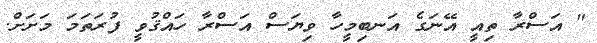
" އަސްރާ ތިއީ އޭނަގެ އަނބިމީހާ ވިޔަސް އަސްރާ ހައްޤުވީ ފުރަތަމަ މަށަށް.